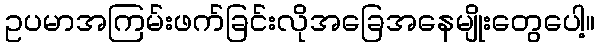
ဥပမာအကြမ်းဖက်ခြင်းလိုအခြေအနေမျိုးတွေပေါ့။